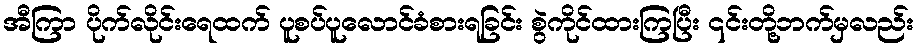
အီကြာ ပိုက်လိုင်းရေထက် ပူစပ်ပူလောင်ခံစားရခြင်း စွဲကိုင်ထားကြပြီး ၎င်းတို့ဘက်မှလည်း